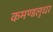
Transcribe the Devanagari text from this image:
कमण्डलुधर